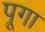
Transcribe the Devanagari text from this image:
पूगा